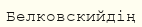
Белковскийдің